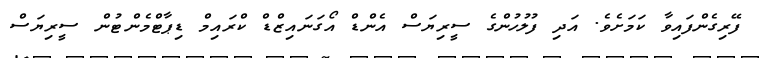
ފޭރިގެންފައިވާ ކަމަށެވެ. އަދި ފުލުހުންގެ ސީރިޔަސް އެންޑް އޯގަނައިޒްޑް ކްރައިމް ޑިޕާޓްމެންޓުން ސީރިޔަސް